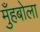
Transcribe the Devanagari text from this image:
मुँहबोला